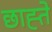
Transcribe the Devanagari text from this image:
छाह्ते